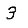
Digit: 3